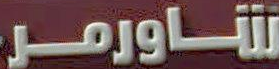
شاورمر